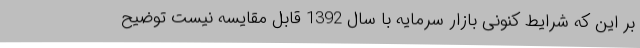
بر این که شرایط کنونی بازار سرمایه با سال 1392 قابل مقایسه نیست توضیح